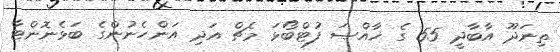
ތިނަދޫ އާބާދީ 55 ގެ ޚާއްޞަ ފުޓްބޯޅަ މެޗް އަދި އަންހެނުންގެ ބަޅެނޮންޓާ